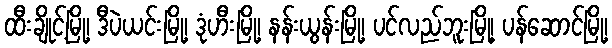
ထီးချိုင့်မြို့၊ ဒီပဲယင်းမြို့၊ ဒုံဟီးမြို့၊ နန်းယွန်းမြို့၊ ပင်လည်ဘူးမြို့၊ ပန်ဆောင်မြို့၊